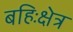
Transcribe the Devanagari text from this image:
बहिःक्षेत्र